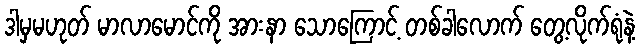
ဒါမှမဟုတ် မာလာမောင်ကို အားနာ သောကြောင့် တစ်ခါလောက် တွေ့လိုက်ရုံနဲ့